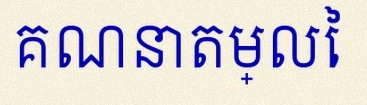
គណនាតម្លៃ